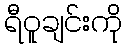
ရီဝူချင်းကို